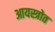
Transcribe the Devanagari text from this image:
आयस्त्रोत